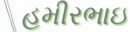
હમીરભાઇ